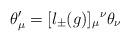
LaTeX: \begin{align*}\theta'_{\mu} = [l_{\pm}(g)]_{\mu}{}^{\nu} \theta_{\nu}\end{align*}